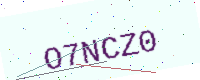
Text: O7NCZ0